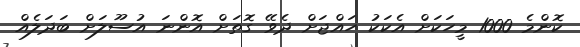
ކޮންމެ 1000 މީހަކަށް އެކަކު ހައްޖަށް ދެވޭ ގޮތަށް އޮންނަ އުސޫލަށް ބަދަލެއް